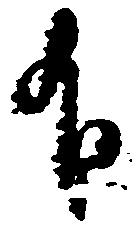
有